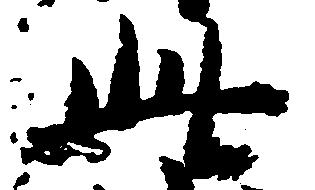
此